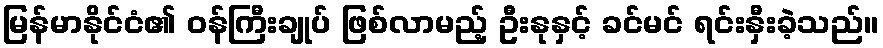
မြန်မာနိုင်ငံ၏ ဝန်ကြီးချုပ် ဖြစ်လာမည့် ဦးနုနှင့် ခင်မင် ရင်းနှီးခဲ့သည်။